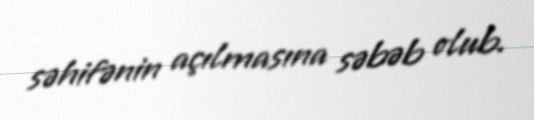
səhifənin açılmasına səbəb olub.